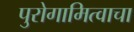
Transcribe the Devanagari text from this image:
पुरोगामित्वाचा